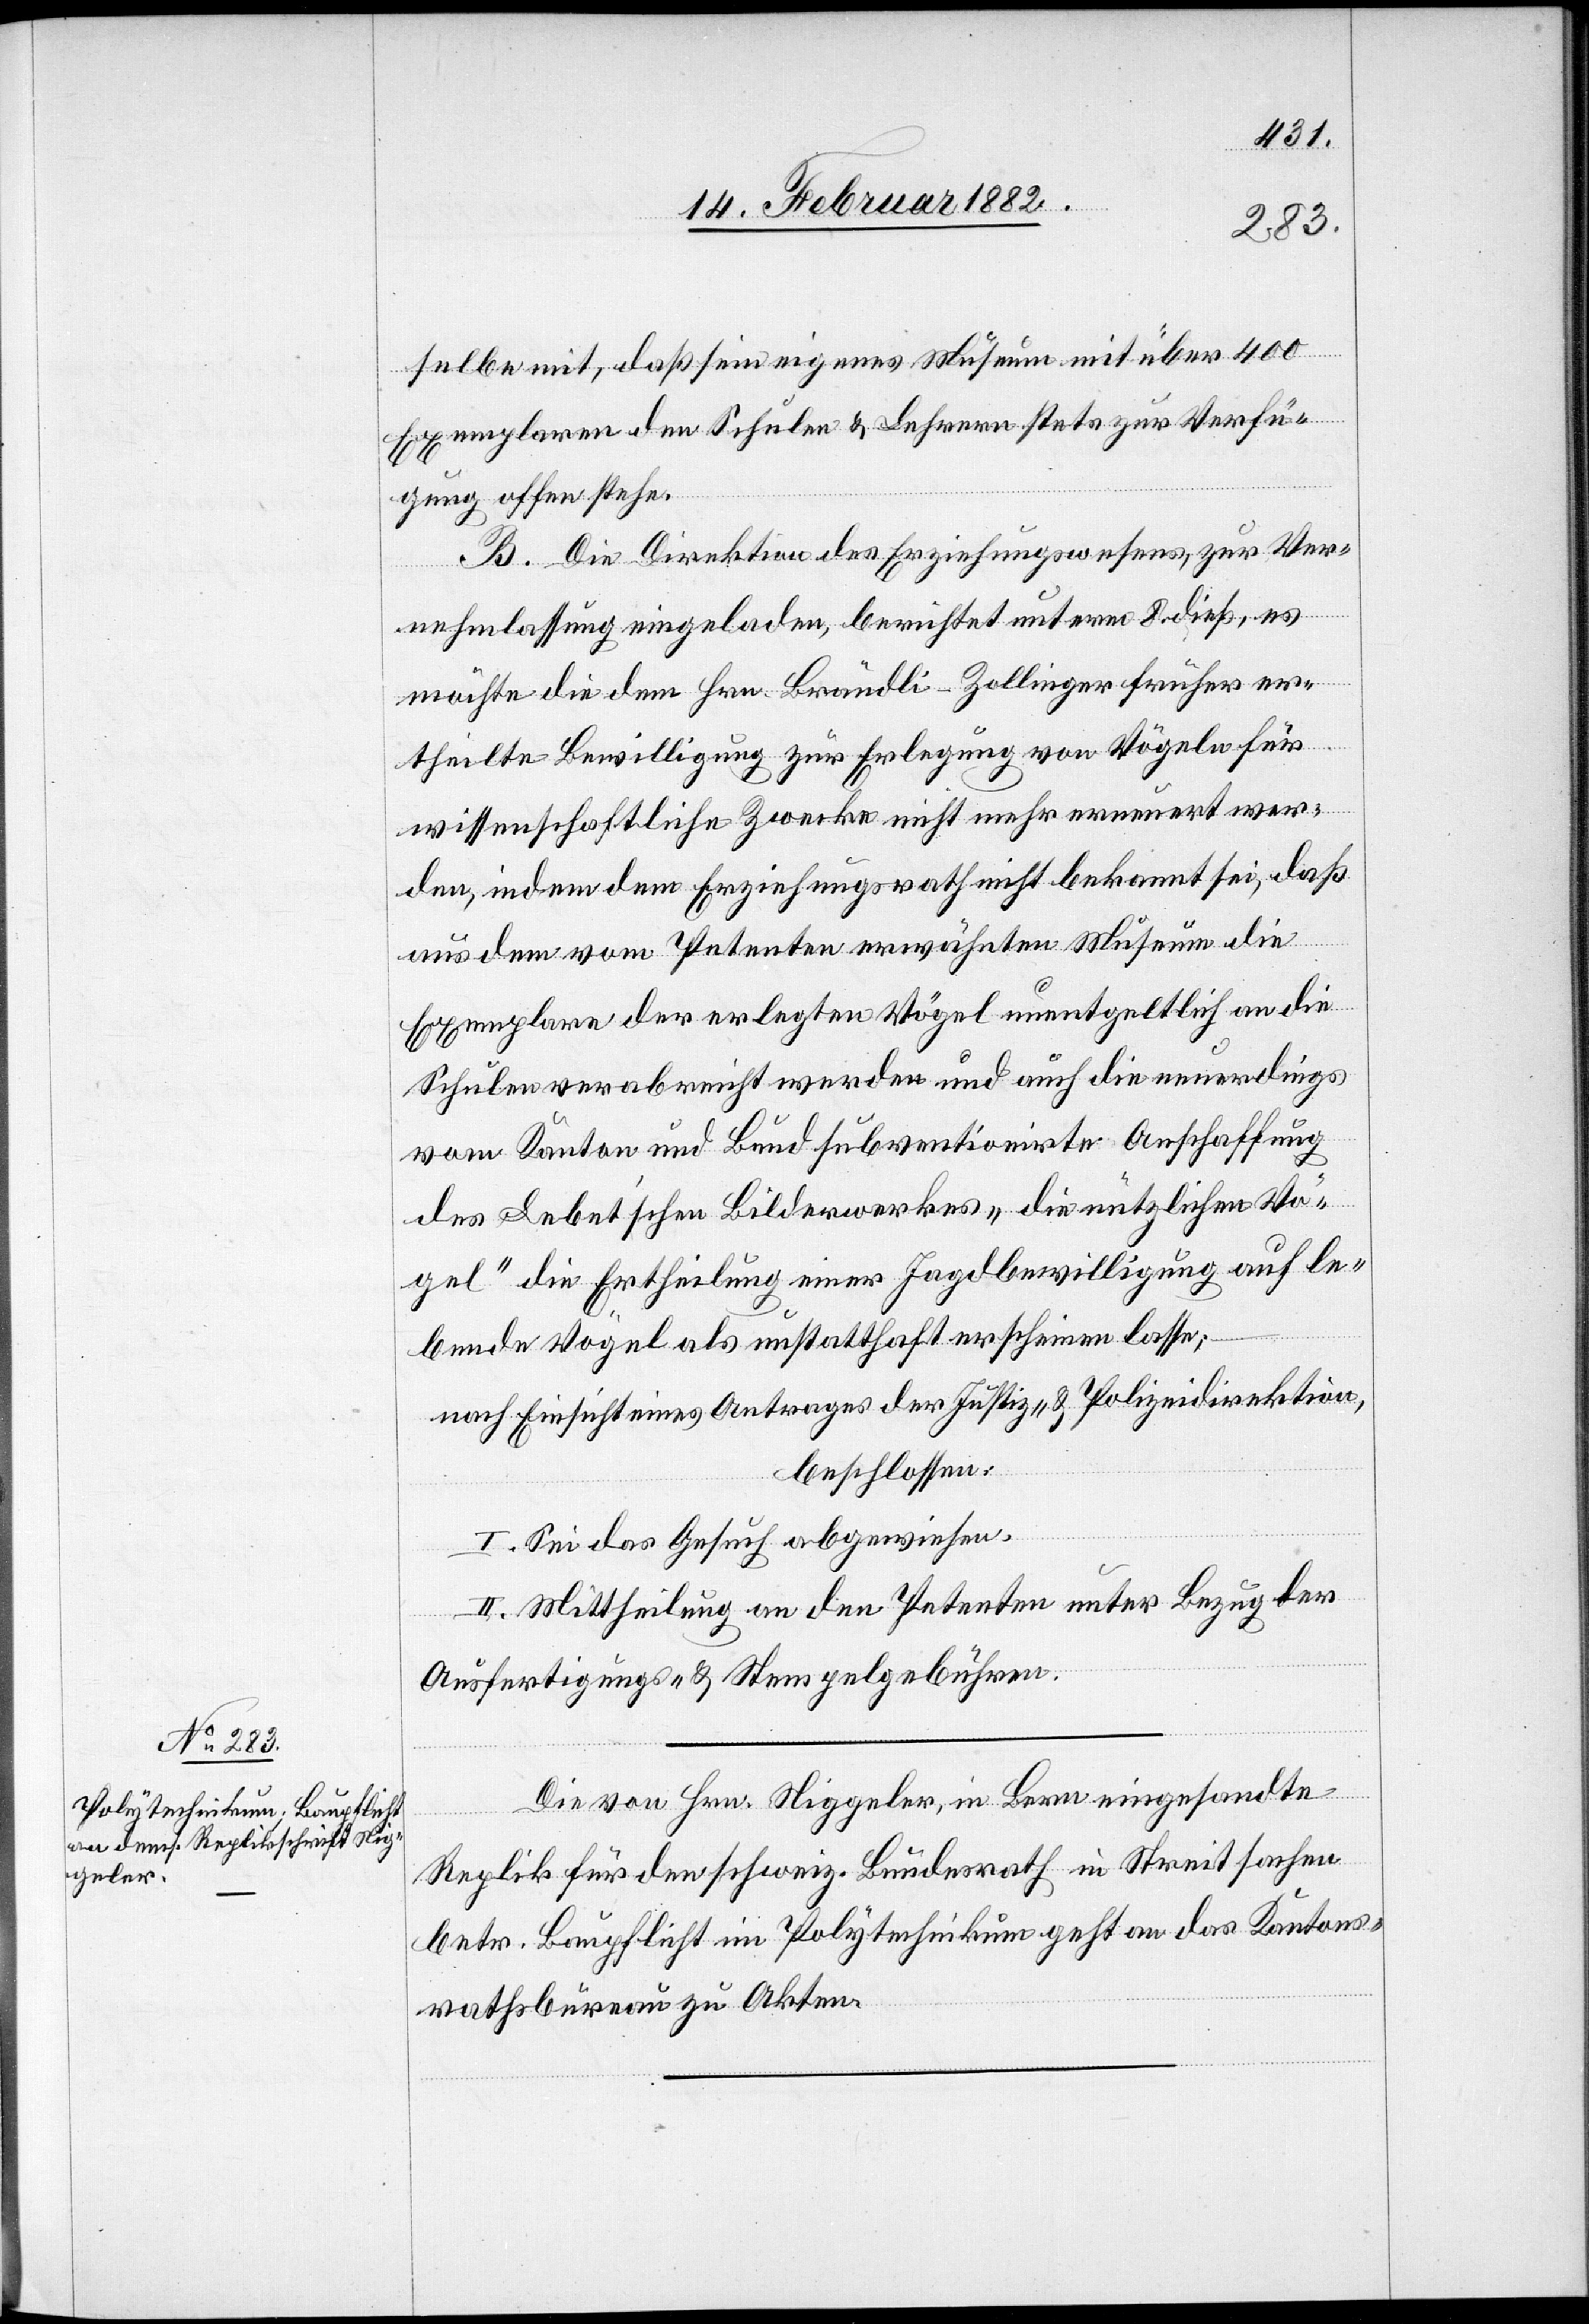
selbe mit, daß sein eigenes Museum mit über 400
Exemplaren den Schulen & Lehrern stets zur Verfü¬
gung offen stehe.
B. Die Direktion des Erziehungswesens, zur Ver¬
nehmlassung eingeladen, berichtet unterm 8. dieß, es
möchte die dem Hrn. Brändli-Zollinger früher er¬
theilten Bewilligung zur Erlegung von Vögeln für
wissenschaftlichen Zwecke nicht mehr erneuert wer¬
den, indem dem Erziehungsrath nicht bekannt sei, daß
aus dem vom Petenten erwähnten Museum die
Exemplare der erlegten Vögel unentgeltlich an die
Schulen verabreicht werden und auch die neuerdings
vom Kanton und Bund subventionierte Anschaffung
des Lebet’schen Bilderwerkes „die nützlichen Vö¬
gel“ die Ertheilung einer Jagdbewilligung auf le¬
bende Vögel als unstatthaft erscheinen lassen;
nach Einsicht eines Antrages der Justiz- & Polizeidirektion,
beschlossen:
I. Sei das Gesuch abzuweisen.
II. Mittheilung an den Petenten unter Bezug der
Ausfertigungs- & Stempelgebühren.
Die von Hrn. Niggeler, in Bern eingesandten
Replik für den schweiz. Bundesrath in Streitsachen
betr. Baupflicht im Polytechnikum geht an das Kantons¬
rathsbureau zu Akten.